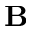
\textbf { B }